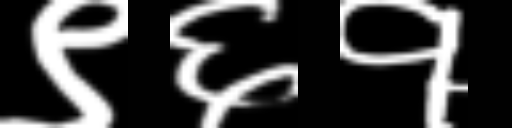
Text: ९६१